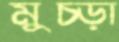
মুচ্‌ড়া